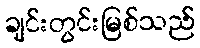
ချင်းတွင်းမြစ်သည်